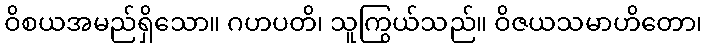
ဝိစယအမည်ရှိသော။ ဂဟပတိ၊ သူကြွယ်သည်။ ဝိဇယသမာဟိတော၊